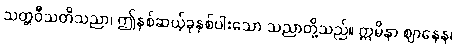
သတ္တဝီသတိသညာ၊ ဤနှစ်ဆယ့်ခုနှစ်ပါးသော သညာတို့သည်။ ဣမိနာ ဈာနေန၊